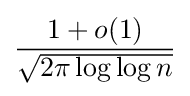
{\frac {1+o(1)}{\sqrt {2\pi \log \log n}}}